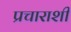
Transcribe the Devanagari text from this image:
प्रचाराशी